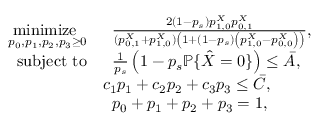
\begin{array} { r l } { \underset { p _ { 0 } , p _ { 1 } , p _ { 2 } , p _ { 3 } \geq 0 } { \mathrm { m i n i m i z e ~ } } } & { \; \; \frac { 2 ( 1 - p _ { s } ) p _ { 1 , 0 } ^ { X } p _ { 0 , 1 } ^ { X } } { ( p _ { 0 , 1 } ^ { X } + p _ { 1 , 0 } ^ { X } ) \left( 1 + ( 1 - p _ { s } ) \left( p _ { 1 , 0 } ^ { X } - p _ { 0 , 0 } ^ { X } \right) \right) } , } \\ { \mathrm { s u b j e c t ~ t o } } & { \; \; \frac { 1 } { p _ { s } } \left( 1 - p _ { s } \mathbb { P } \{ \hat { X } = 0 \} \right) \leq \bar { A } , } \\ & { c _ { 1 } p _ { 1 } + c _ { 2 } p _ { 2 } + c _ { 3 } p _ { 3 } \leq \bar { C } , } \\ & { \; \; p _ { 0 } + p _ { 1 } + p _ { 2 } + p _ { 3 } = 1 , } \end{array}